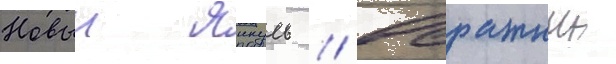
Новыи янкуль // Овражныи